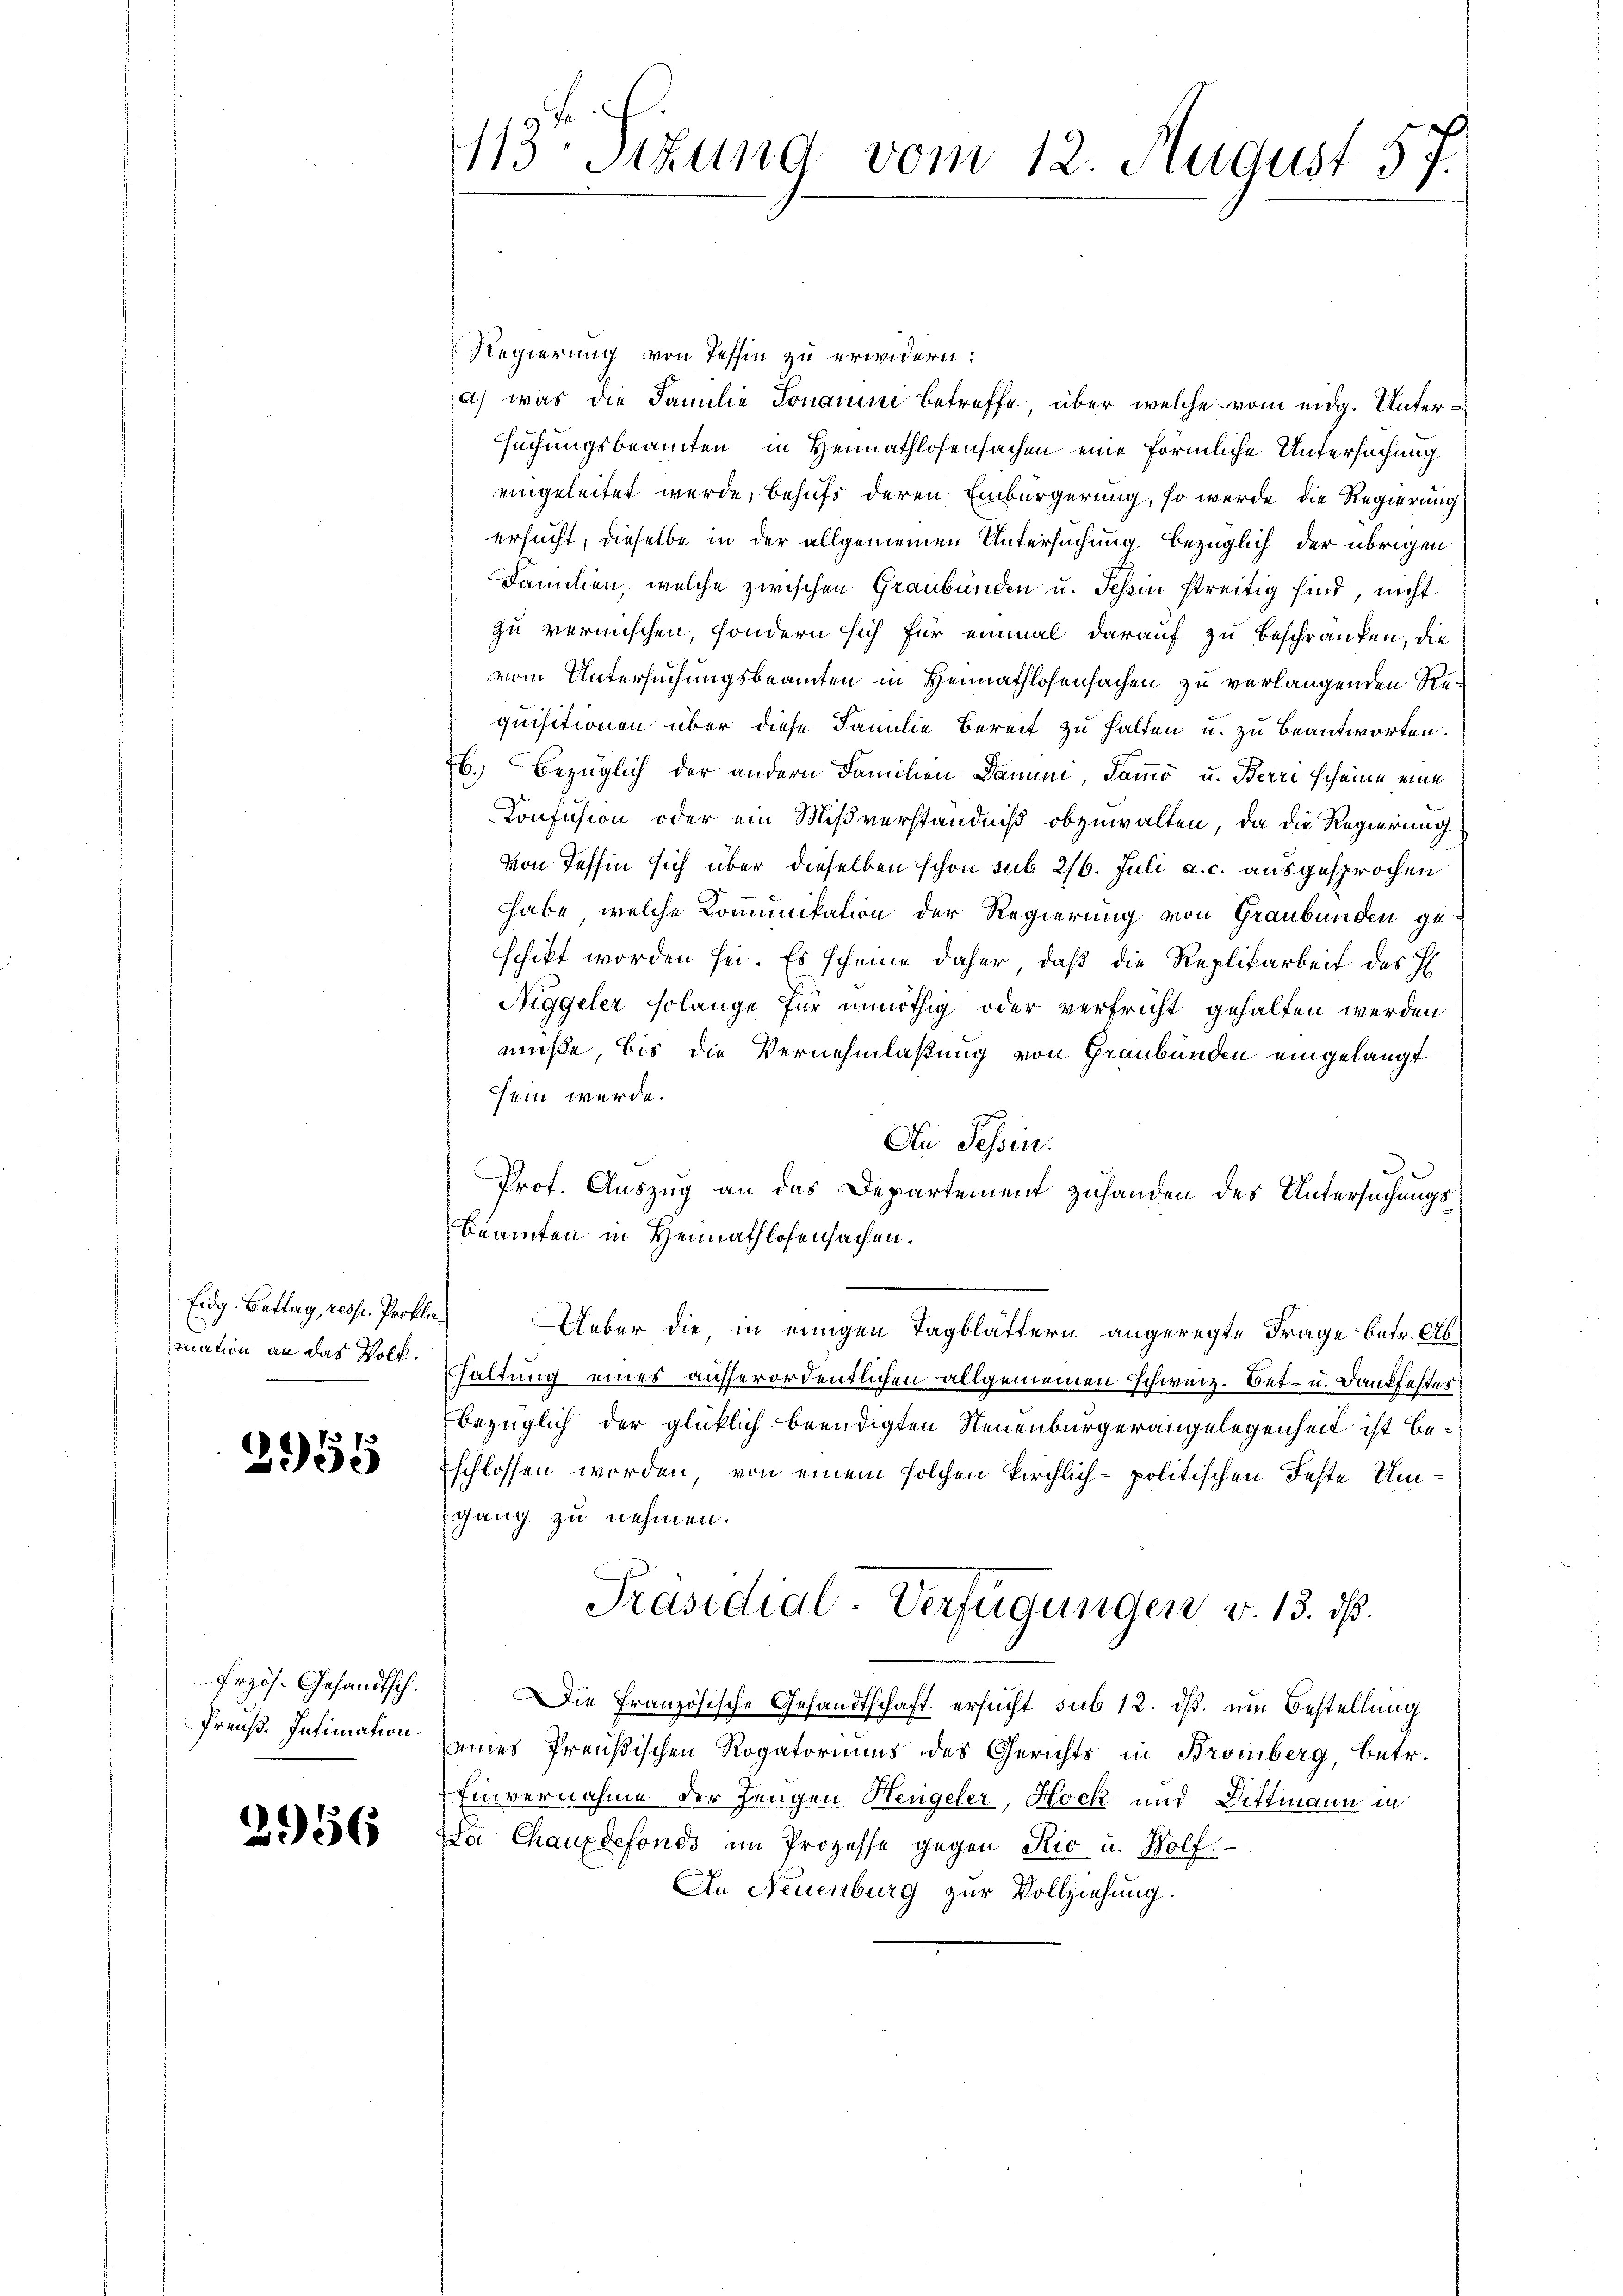
Eidg. Bettag, resp. Prokla¬

2955

Erzös. Gesandtsch.
Preuß. Intimation.

2956

Regierung von Tessin zu erwidern:
a) was die Familie Jonamine betreffe, über welche vom eidg. Untersuchungsbeamten in Heimathlosensachen eine förmliche Untersuchung
eingeleitet werde, behufs deren Einbürgerung, so werde die Regierung
ersucht, dieselbe in der allgemeinen Untersuchung bezüglich der übrigen
Familien, welche zwischen Graubünden u. Schein streitig sind, nicht
zu vermischen, sondern sich für einmal darauf zu beschränken, die
vom Untersuchungsbeamten in Heimathlosensachen zu verlangenden Requisitionen über diese Familie bereit zu halten u. zu beantworten.
b. Bezüglich der andern Familien Dann, Samo u. Berri scheine eine
Confusion oder ein Mißverständniß abzuwalten, da die Regierung
von Tessin sich über dieselben schon sub 216. Juli a. c. ausgesprochen
habe, welche Kommunikation der Regierung von Graubünden geschikt worden sei. Es scheine daher, daß die Replikarbeit des H
Niggeler solange für unnöthig oder verfricht gehalten werden
müße, bis die Vernehmlassung von Graubünden eingelangt
sein werde.
An Tessin.
Prot. Auszug an das Departement zuhanden des Untersuchungs¬
Beamten in Heimathlosensachen.
Ueber die, in einigen Tagblättern angeregte Frage betr. Ab
mation an das Volk. Haltung eines ausserordentlichen allgemeinen Schweiz. Bet- u. Dankfestes
bezüglich der glücklich beendigten Neuenburgerangelegenheit ist beschlossen worden, von einem solchen kirchlich-politischen Feste Umgang zu nehmen.
Präsidial-Verfügungen v. 13. ds.
Die Französische Gesandtschaft ersucht sub 12. ds. um Bestellung
seines Preußischen Rogatoriums des Gerichts in Bromberg, betr.
Einvernahme der Zeugen Hengeler, Hock und Dittmann in
Da Chauxdefonds im Prozesse gegen Rio u. Wolf.
An Neuenburg zur Vollziehung.

113 Stzung vom 12. August 57.